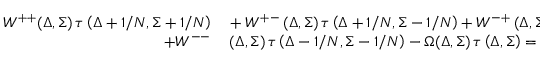
\begin{array} { r l } { W ^ { + + } ( \Delta , \Sigma ) \thinspace \tau \left( \Delta + 1 / N , \Sigma + 1 / N \right) } & { { } + W ^ { + - } \thinspace ( \Delta , \Sigma ) \thinspace \tau \left( \Delta + 1 / N , \Sigma - 1 / N \right) + W ^ { - + } \thinspace ( \Delta , \Sigma ) \thinspace \tau \left( \Delta - 1 / N , \Sigma + 1 / N \right) } \\ { + W ^ { -- } } & { { } \thinspace ( \Delta , \Sigma ) \thinspace \tau \left( \Delta - 1 / N , \Sigma - 1 / N \right) - \Omega ( \Delta , \Sigma ) \thinspace \tau \left( \Delta , \Sigma \right) = - 1 , } \end{array}